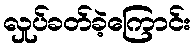
လှုပ်ခတ်ခဲ့ကြောင်း